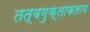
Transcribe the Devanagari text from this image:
तत्वमुक्ताकलाप